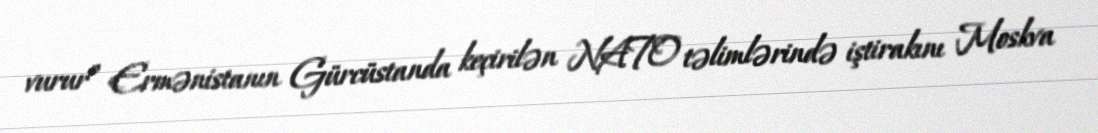
vurur” Ermənistanın Gürcüstanda keçirilən NATO təlimlərində iştirakını Moskva